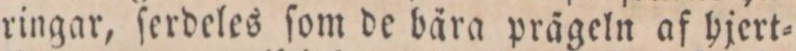
ringar, ſerdeles ſom de bära prägeln af hjert=